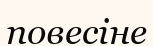
повесіне